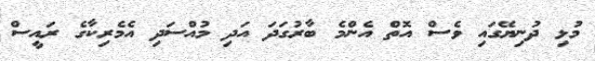
މުޅި ދުނިޔޭގައި ވެސް އޮތް އެންމެ ބާރުގަދަ އަދި މުއްސަދި އެމެރިކާގެ ރައީސް